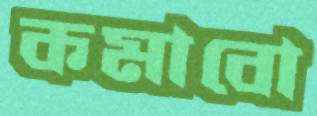
কমাবো